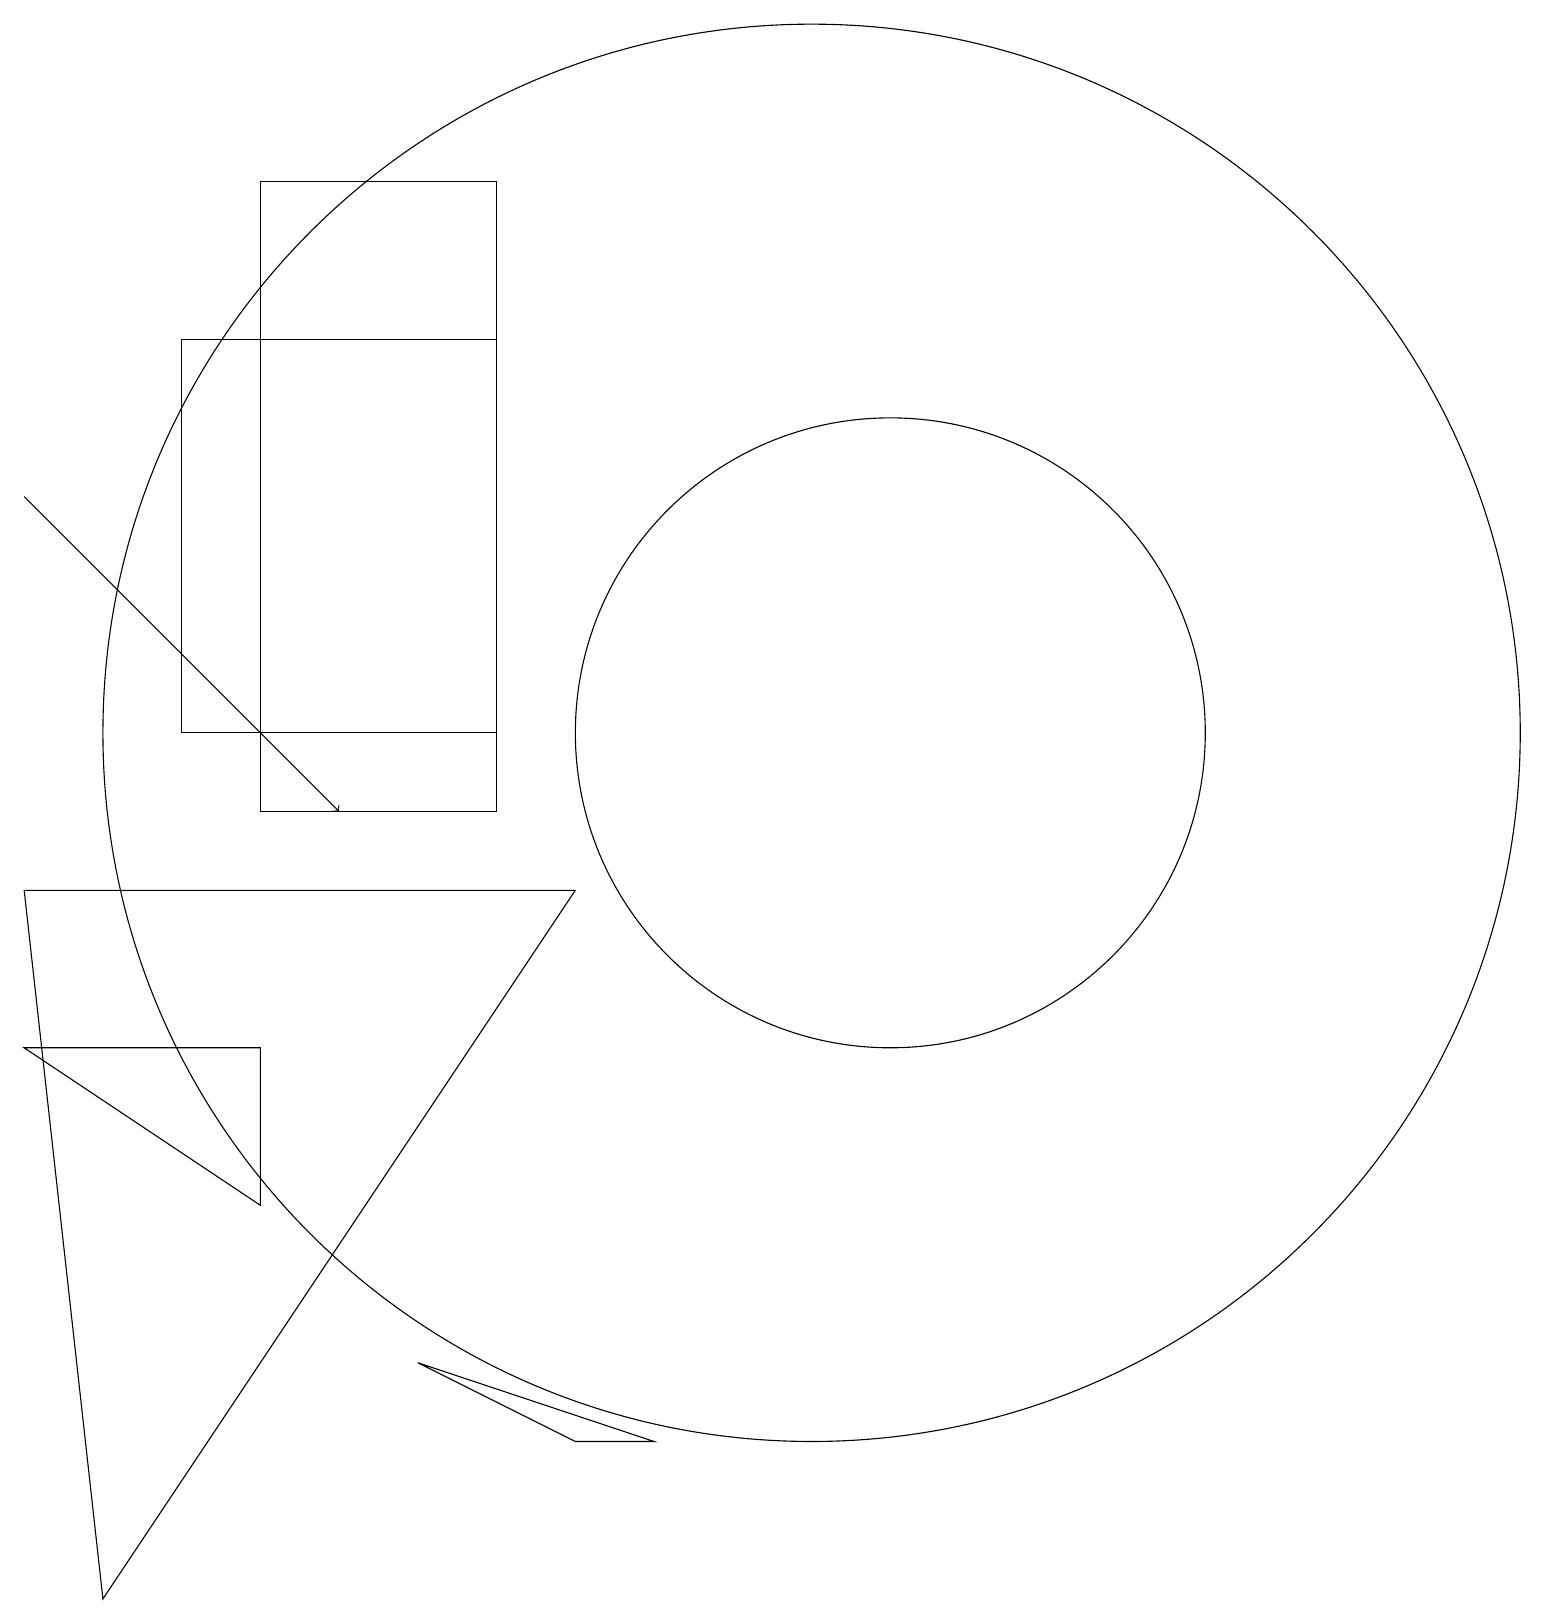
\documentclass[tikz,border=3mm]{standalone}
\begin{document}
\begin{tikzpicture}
\draw (11,11) circle (9);
\draw[->] (1,14) -- (5,10);
\draw (9,2) -- (6,3) -- (8,2) -- cycle;
\draw (12,11) circle (4);
\draw (3,11) rectangle (7,16);
\draw (4,10) rectangle (7,18);
\draw (8,9) -- (1,9) -- (2,0) -- cycle;
\draw (4,5) -- (1,7) -- (4,7) -- cycle;
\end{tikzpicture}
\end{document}